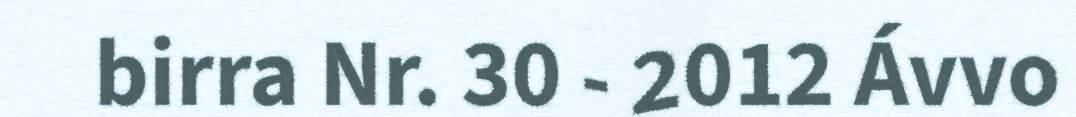
birra Nr. 30 - 2012 Ávvo